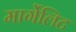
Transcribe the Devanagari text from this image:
मार्गेलिट